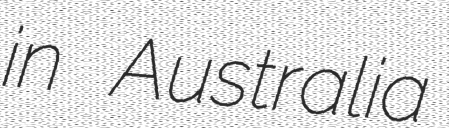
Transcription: in Australia